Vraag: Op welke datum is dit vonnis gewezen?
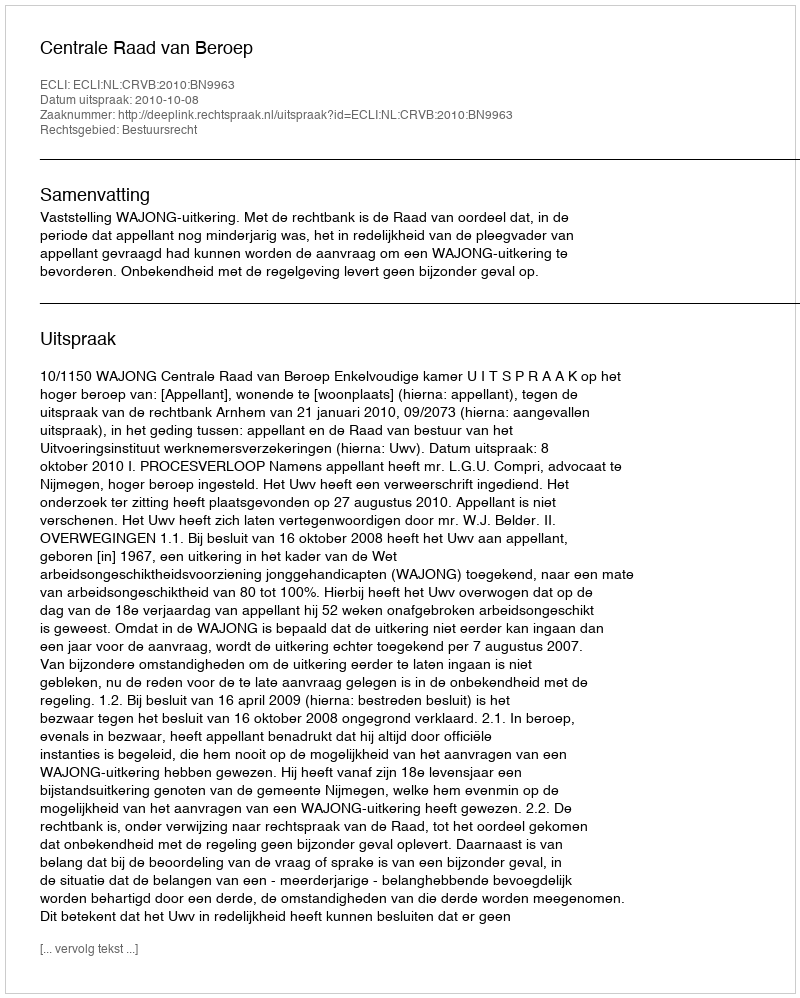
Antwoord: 2010-10-08